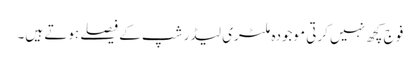
فوج کچھ نہیں کرتی موجودہ ملٹری لیڈر شپ کے فیصلے ہوتے ہیں۔